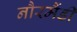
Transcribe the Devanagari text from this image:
नौरमैंडी